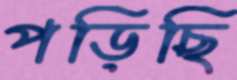
পড়িছি